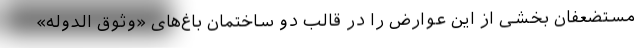
مستضعفان بخشی از این عوارض را در قالب دو ساختمان باغ‌های «وثوق الدوله»